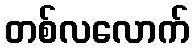
တစ်လလောက်